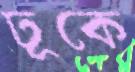
ঢূকে